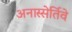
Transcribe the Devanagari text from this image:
अनास्सेर्तिवे